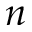
n